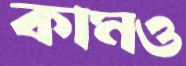
কামও